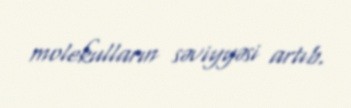
molekulların səviyyəsi artıb.